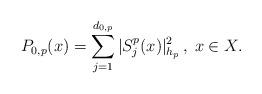
LaTeX: \begin{align*}P_{0,p}(x)=\sum_{j=1}^{d_{0,p}}|S^p_j(x)|_{h_p}^2\,,\;x\in X.\end{align*}